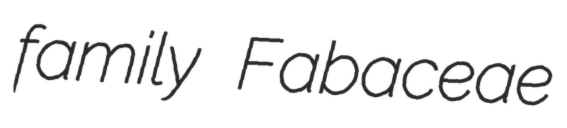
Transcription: family Fabaceae